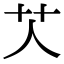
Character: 𦫸